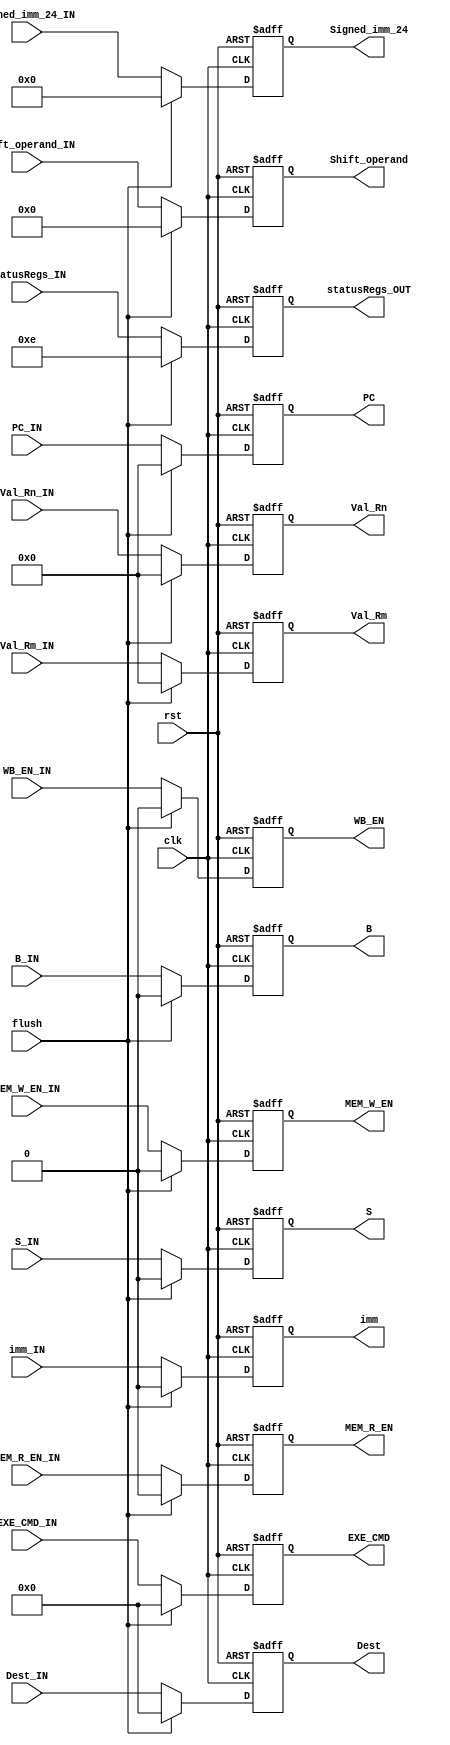
`timescale 1ns / 1ns

module ID2EXE_reg(
  input clk, rst, flush,
  WB_EN_IN, MEM_R_EN_IN, MEM_W_EN_IN, B_IN, S_IN,
  input [3:0] EXE_CMD_IN,
  input [31:0] PC_IN, Val_Rn_IN, Val_Rm_IN,
  input imm_IN,
  input [3:0] statusRegs_IN,
  input [11:0] Shift_operand_IN,
  input [23:0] Signed_imm_24_IN,
  input [3:0] Dest_IN,


  output reg  WB_EN, MEM_R_EN, MEM_W_EN, B, S,
  output reg [3:0] EXE_CMD,
  output reg  [31:0] PC, Val_Rn, Val_Rm,
  output reg imm,
  output reg[3:0] statusRegs_OUT,
  output reg [11:0] Shift_operand,
  output reg [23:0] Signed_imm_24,
  output reg [3:0] Dest

);



    always @ (posedge clk, posedge rst) begin
        if (rst) begin
          {WB_EN, MEM_R_EN, MEM_W_EN, B, S} <= 0;
          EXE_CMD <= 0;
          {PC, Val_Rn, Val_Rm} <= 0;
          imm <= 0;
          Shift_operand <= 0;
          Signed_imm_24 <= 0;
          Dest <= 0;
          statusRegs_OUT <= 4'b1110;
        end
        else begin
            Signed_imm_24 <= Signed_imm_24_IN;
            WB_EN <= WB_EN_IN;
            MEM_R_EN <= MEM_R_EN_IN;
            MEM_W_EN <= MEM_W_EN_IN;
            B <= B_IN;
            S <= S_IN;
            EXE_CMD <= EXE_CMD_IN;
            PC <= PC_IN;
            Val_Rn <= Val_Rn_IN;
            Val_Rm <= Val_Rm_IN;
            imm <= imm_IN;
            Shift_operand <= Shift_operand_IN;
            Signed_imm_24 <= Signed_imm_24_IN;
            Dest <= Dest_IN;
            statusRegs_OUT <= statusRegs_IN;

            if (flush) begin
                PC <= 0;
                {WB_EN, MEM_R_EN, MEM_W_EN, B, S} <= 0;
                EXE_CMD <= 0;
                {PC, Val_Rn, Val_Rm} <= 0;
                imm <= 0;
                Shift_operand <= 0;
                Signed_imm_24 <= 0;
                Dest <= 0;
                statusRegs_OUT <= 4'b1110;
            end
            else begin
                PC <= PC_IN;
            end
        end
    end
endmodule